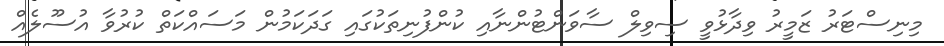
މިނިސްޓަރު ޒަމީރު ވިދާޅުވީ ސިވިލް ސާވަންޓުންނާއި ކުންފުނިތަކުގައި ގަދަކަމުން މަސައްކަތް ކުރުވާ އުސޫލެއް